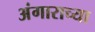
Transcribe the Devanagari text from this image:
अंगाराच्या